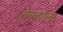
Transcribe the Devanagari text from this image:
ओघळताना